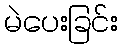
မဲပေးခြင်း